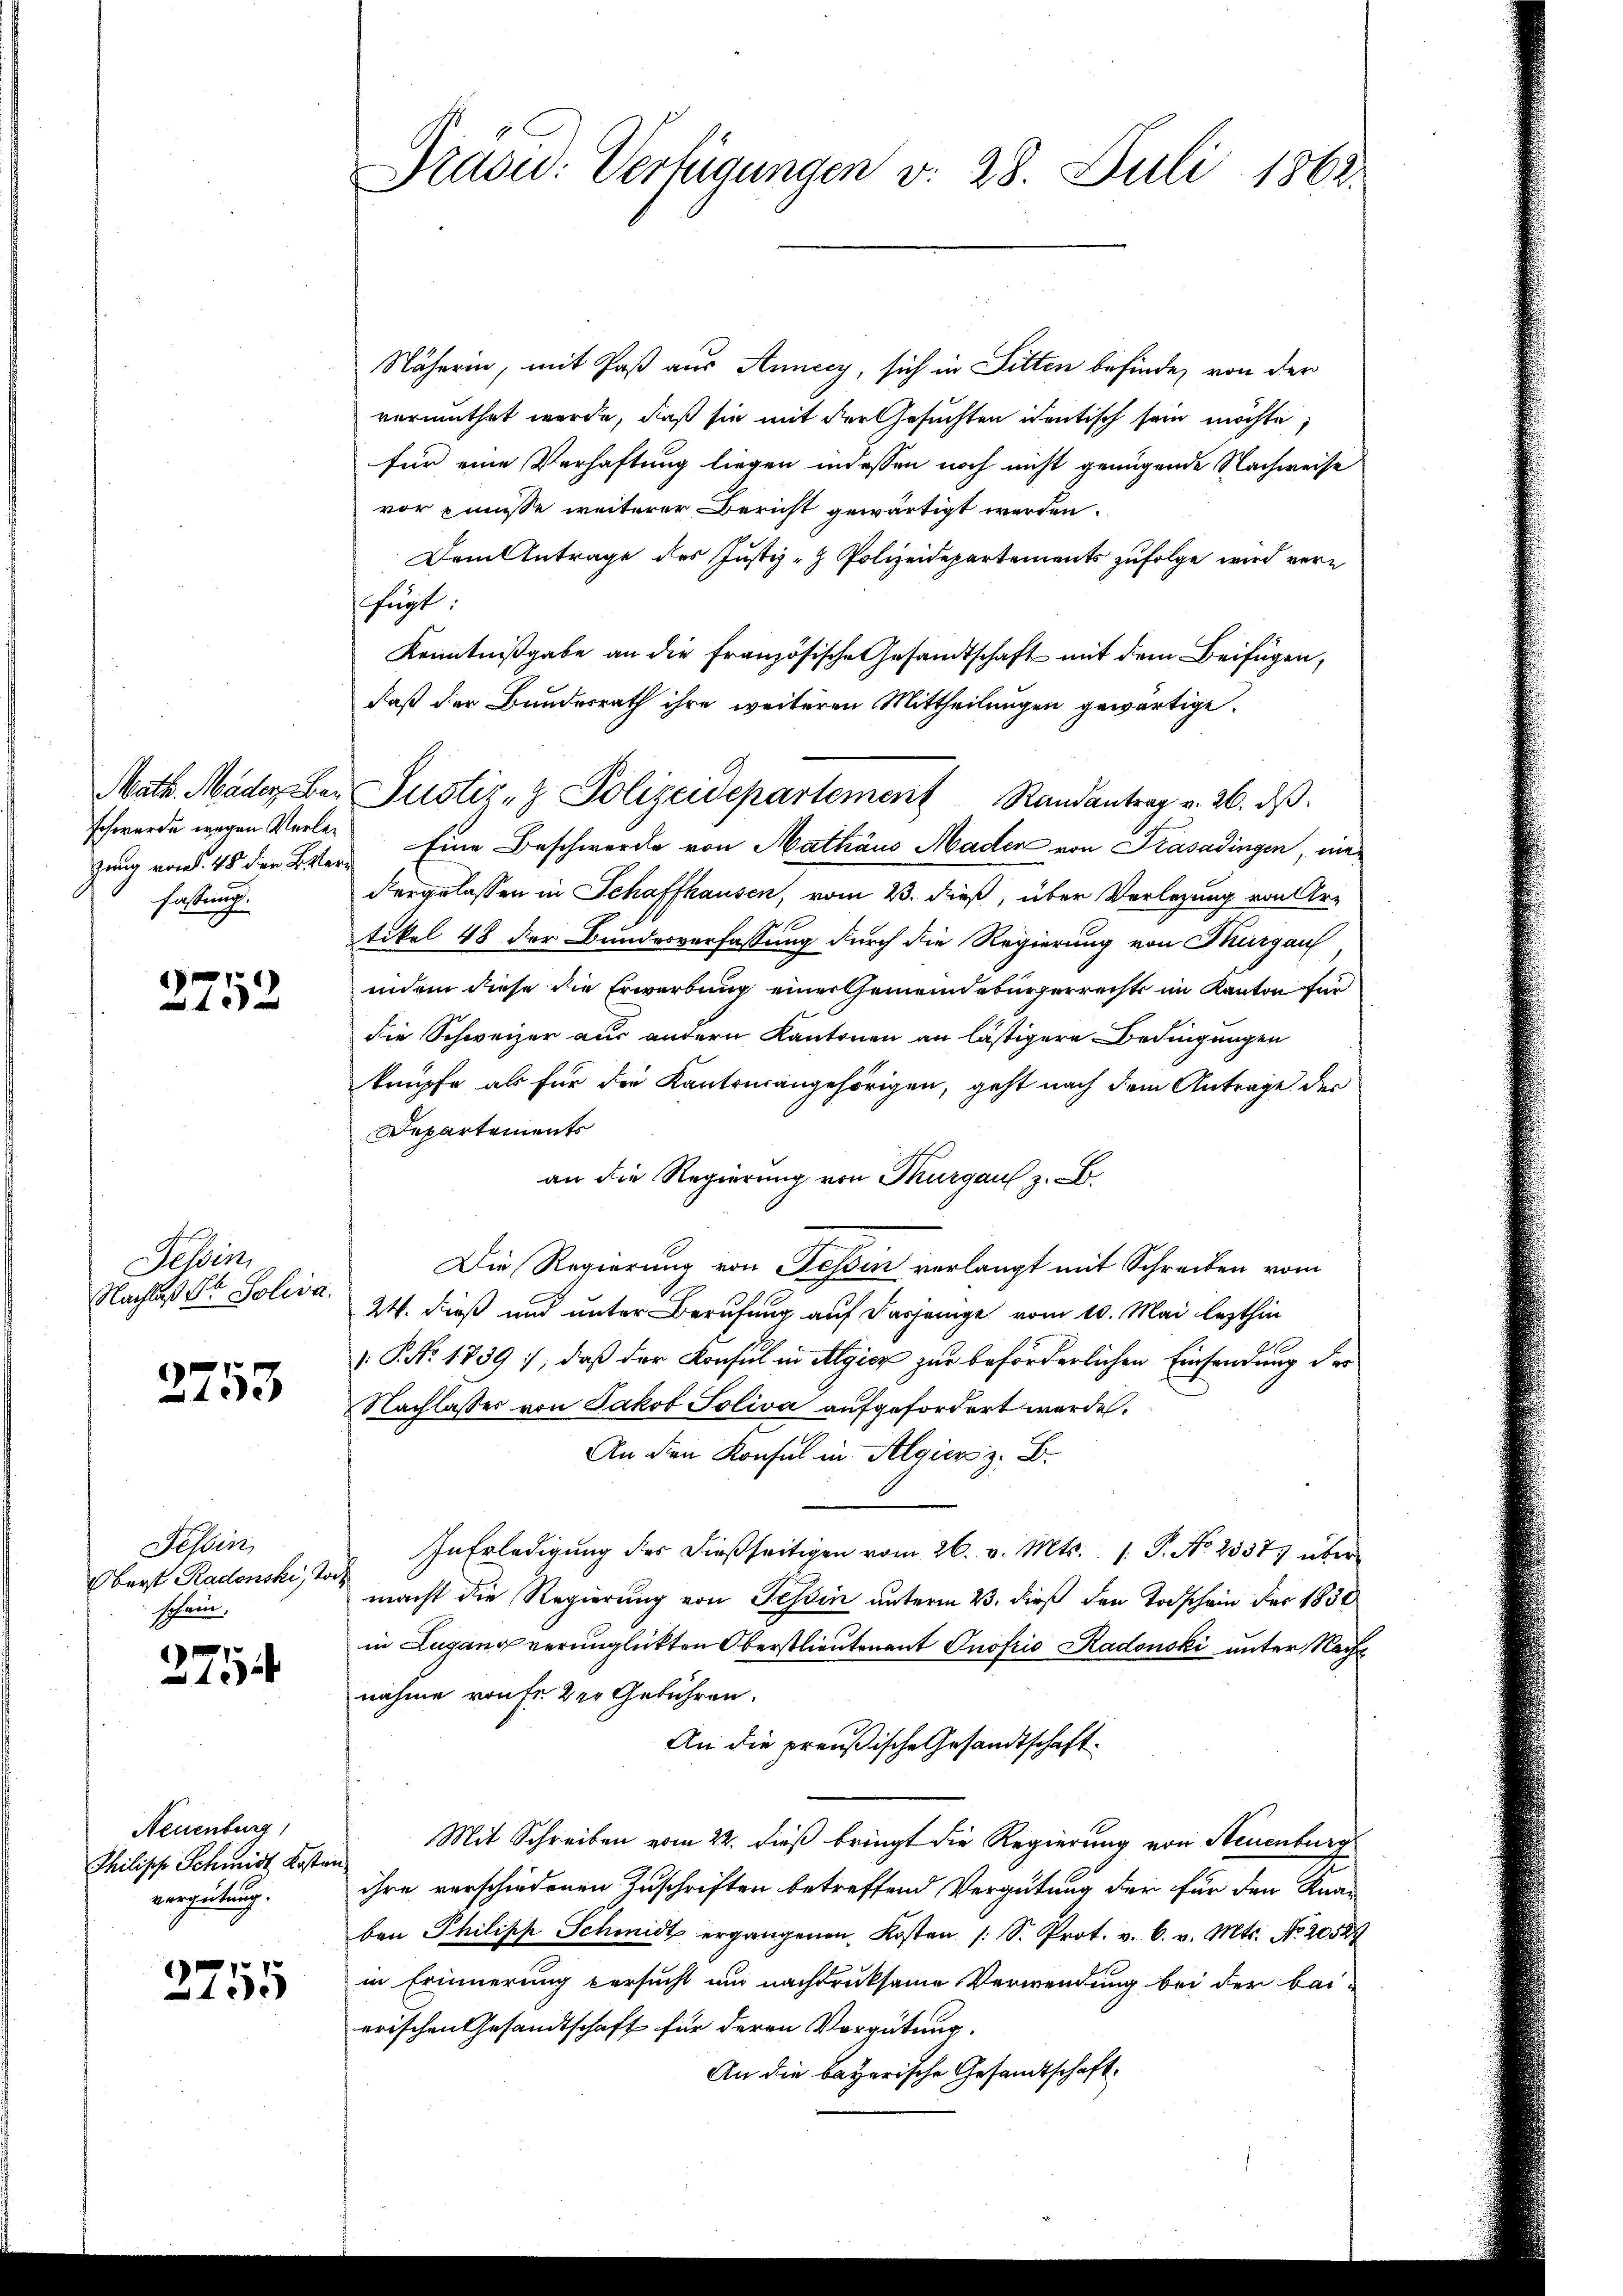
schwerde wegen Verlefassung.

3752

Felben,
Nachlaß Dr. Soliva.

2753

Tessin,
Oberst Radonski, Jo
schein.

)
10

Neuenburg,
Thilische Schmidt Koste
vergütung.

2755

Dradu: Verfügungen v. 28. Juli 1862

Näherin, mit Paß aus Annecy, sich in Sitten befinde, von der
vermuthet wurde, daß sie mit der Gesuchten ientisch sein möchte;
für eine Verhaftung liegen indessen noch nicht genügende Nachweise
vor müsse weiterer Bericht gewärtigt werden.
Dem Antrage des Justiz- Polizeidepartements zufolge wird verfügt.
Kenntnißgabe an die französische Gesandtschaft mit dem Beifügen,
daß der Bundesrath ihre weiteren Mittheilungen gewärtige
zung von 45 der Beter Eine Beschwerde von Mathäus Mader von Krasadingen, niedergelassen in Schaffhausen, vom 23. dieß, über Verlegung von Ur-
tikel 48 der Bundesverfassung durch die Regierung von Thurgau
indem diese die Erwerbung einer Gemeindebürgerrechts im Kanton für
die Schweizer aus andern Kantonen an lästigere Bedingungen
knüpfe als für die Kantonsangehörigen, geht nach dem Antrage der
Departements
an die Regierung von Thurgau z. B.
Die Regierung von Fessen verlangt mit Schreiben vom
24. dieß und unter Berufung auf dasjenige vom 10. Mai lezthin
h
 P. Nr. 1739), daß der Konsul in Algicz zur beförderlichen Einsendung des
Nachlasses von Jakob Soliva aufgefordert werden.
An den Konsul in Algiers z. B.
In Erledigung des dießseitigen vom 26. v. Mts. 1. P. No. 2357 über
macht die Regierung von Tessin unterm 23. dieß den Todschein der 1838
in Lugang verunglückten Oberstlieutenant Gnofrio Radonski unter Nachnahme raufe der Geführen.
An die preußische Gesandtschaft¬
Mit Schreiben vom 22. dieß bringt die Regierung von Steuenburg
ihre verschiedenen Zuschriften betreffend Vergütung der für den Kna-
ben Philipp Schmidt ergangenen Kosten /: S. Prot. v. 6. v. Mts. No. 2058
in Erinnerung versucht um nachdruksame Verwendung bei der beierischen Gesandtschaft für deren Vergütung.
An die bayerische Gesandtschaft

Math. Mader bei Justiz- & Polizeidepartement Randantrag v. 26. ds.